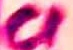
Text: C1